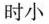
时小